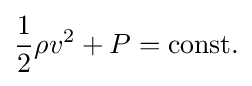
{\frac {1}{2}}\rho v^{2}+P=\mathrm {const.}